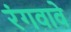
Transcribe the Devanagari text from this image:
रंगवावे